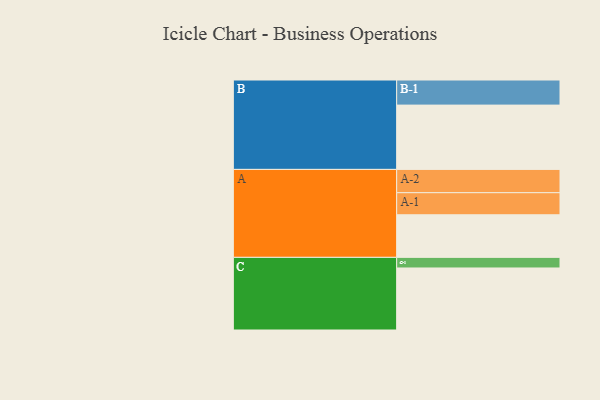
{"axis": {"x": "Segment", "y": "Value"}, "legend": ["", "A", "B", "C"], "data": [{"x": "A", "y": 353, "type": ""}, {"x": "B", "y": 533, "type": ""}, {"x": "C", "y": 514, "type": ""}, {"x": "A-1", "y": 183, "type": "A"}, {"x": "A-2", "y": 193, "type": "A"}, {"x": "B-1", "y": 208, "type": "B"}, {"x": "C-1", "y": 88, "type": "C"}]}